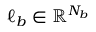
\boldsymbol { \ell _ { b } } \in \mathbb { R } ^ { N _ { b } }